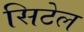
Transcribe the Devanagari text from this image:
सिटेल